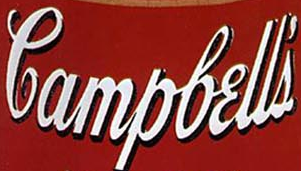
lampbelli